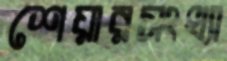
শেয়ারসংখ্যা